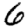
Digit: 6